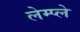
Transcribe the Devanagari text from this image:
लेम्प्ले